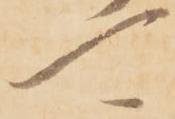
可